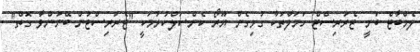
ލެމްބާޓް ބުނީ ޓެރަރިސްޓް ހަމަލާތަކާ ގުޅިގެން ޔޫރޯ ކެންސަލްކުރުމަކީ "ޓެރަރިސްޓުން ބޭނުންވާ ގޮތް"